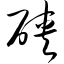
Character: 硖